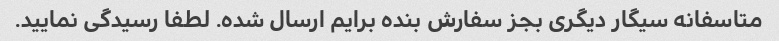
متاسفانه سیگار دیگری بجز سفارش بنده برایم ارسال شده. لطفا رسیدگی نمایید.